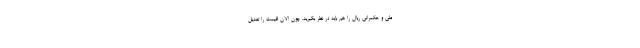
ملی و حکمرانی ریال را هم باید در نظر بگیرید. چون الان قیمت را تعدیل